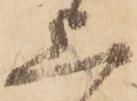
上